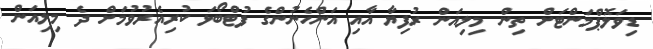
ޑިވަލޮޕްމަންޓަށް ތިން މިލިއަން ރުފިޔާ އާއި އަންހެނުންގެ ފުޓްބޯޅަ ކުރިއެރުވުމަށް ދެ މިލިއަން